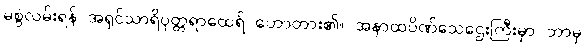
မစွဲလမ်းရန် အရှင်သာရိပုတ္တရာထေရ် ဟောတား၏။ အနာထပိဏ်သေဌေးကြီးမှာ ဘာမှ